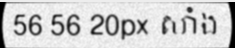
56 56 20px សាំង